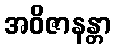
အဝိဇာနန္တာ